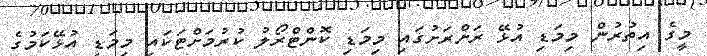
މީގެ އިތުރުން މިމަޑި އުޅޭ ރަށްރަށުގައި މިމަޑި ކޮންޓްރޯލު ކުރުމަށްޓަކައި މިމަޑި އުޅޭކަމުގެ